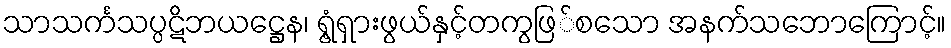
သာသင်္ကသပ္ပဋိဘယဋ္ဌေန၊ ရွံ့ရှားဖွယ်နှင့်တကွဖြ်စသော အနက်သဘောကြောင့်။